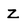
Character: z